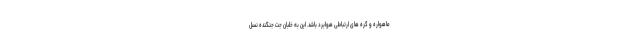
ماهواره و گره های ارتباطی هوابرد باشد. این به خلبان جت جنگنده نسل